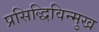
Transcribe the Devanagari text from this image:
प्रसिद्धिविन्मुख